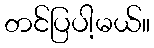
တင်ပြပါ့မယ်။